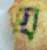
ঘ